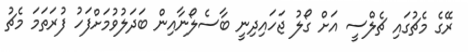
ރޭގެ މެޗުގައި ޗެލްސީ އަށް ގޯލު ޖަހައިދިނީ ބާސެލޯނާއިން ބަދަލުވުމަށްފަހު ފުރަތަމަ މެޗު